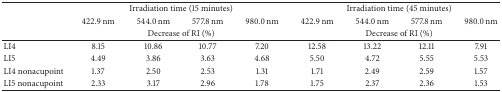
<table><thead><tr><td><b> </b></td><td colspan="4"><b>Irradiation time (15 minutes)</b></td><td colspan="4"><b>Irradiation time (45 minutes)</b></td></tr><tr><td><b> </b></td><td><b>422.9 nm</b></td><td><b>544.0 nm</b></td><td><b>577.8 nm</b></td><td><b>980.0 nm</b></td><td><b>422.9 nm</b></td><td><b>544.0 nm</b></td><td><b>577.8 nm</b></td><td><b>980.0 nm</b></td></tr><tr><td><b> </b></td><td colspan="4"><b>Decrease of RI (%)</b></td><td colspan="4"><b>Decrease of RI (%)</b></td></tr></thead><tbody><tr><td>LI4</td><td>8.15</td><td>10.86</td><td>10.77</td><td>7.20</td><td>12.58</td><td>13.22</td><td>12.11</td><td>7.91</td></tr><tr><td>LI5</td><td>4.49</td><td>3.86</td><td>3.63</td><td>4.68</td><td>5.50</td><td>4.72</td><td>5.55</td><td>5.53</td></tr><tr><td>LI4 nonacupoint</td><td>1.37</td><td>2.50</td><td>2.53</td><td>1.31</td><td>1.71</td><td>2.49</td><td>2.59</td><td>1.57</td></tr><tr><td>LI5 nonacupoint</td><td>2.33</td><td>3.17</td><td>2.96</td><td>1.78</td><td>1.75</td><td>2.37</td><td>2.36</td><td>1.53</td></tr></tbody></table>